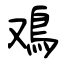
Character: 鳮